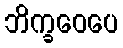
ဘိက္ခဝေပေ